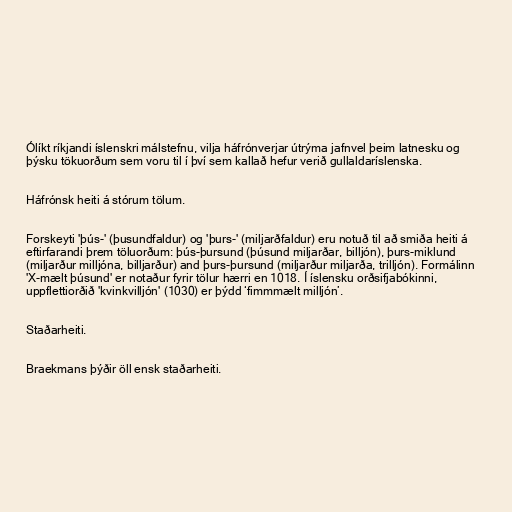
Ólíkt ríkjandi íslenskri málstefnu, vilja háfrónverjar útrýma jafnvel þeim latnesku og
þýsku tökuorðum sem voru til í því sem kallað hefur verið gullaldaríslenska.

Háfrónsk heiti á stórum tölum.

Forskeyti 'þús-' (þusundfaldur) og 'þurs-' (miljarðfaldur) eru notuð til að smiða heiti á
eftirfarandi þrem töluorðum: þús-þursund (þúsund miljarðar, billjón), þurs-miklund
(miljarður milljóna, billjarður) and þurs-þursund (miljarður miljarða, trilljón). Formálinn
'X-mælt þúsund' er notaður fyrir tölur hærri en 1018. Í íslensku orðsifjabókinni,
uppflettiorðið 'kvinkvilljón' (1030) er þýdd ‘fimmmælt milljón’.

Staðarheiti.

Braekmans þýðir öll ensk staðarheiti.